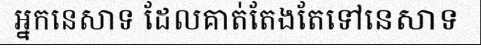
អ្នកនេសាទ ដែលគាត់តែងតែទៅនេសាទ